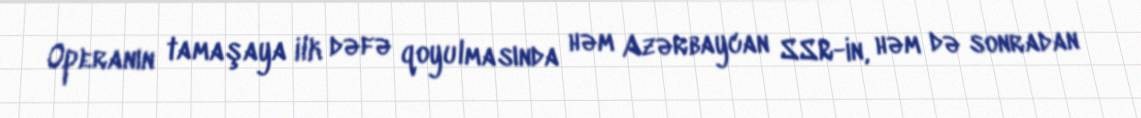
Operanın tamaşaya ilk dəfə qoyulmasında həm Azərbaycan SSR-in, həm də sonradan